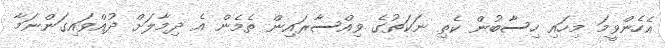
އެހެންވީމަ މިހައި ހިސާބުން ކެތި ނަކަތުގެ ވިއްސާރައިން ތެމެން އެ ދިމާލަށް ދުއްވައިގަންނަމާ